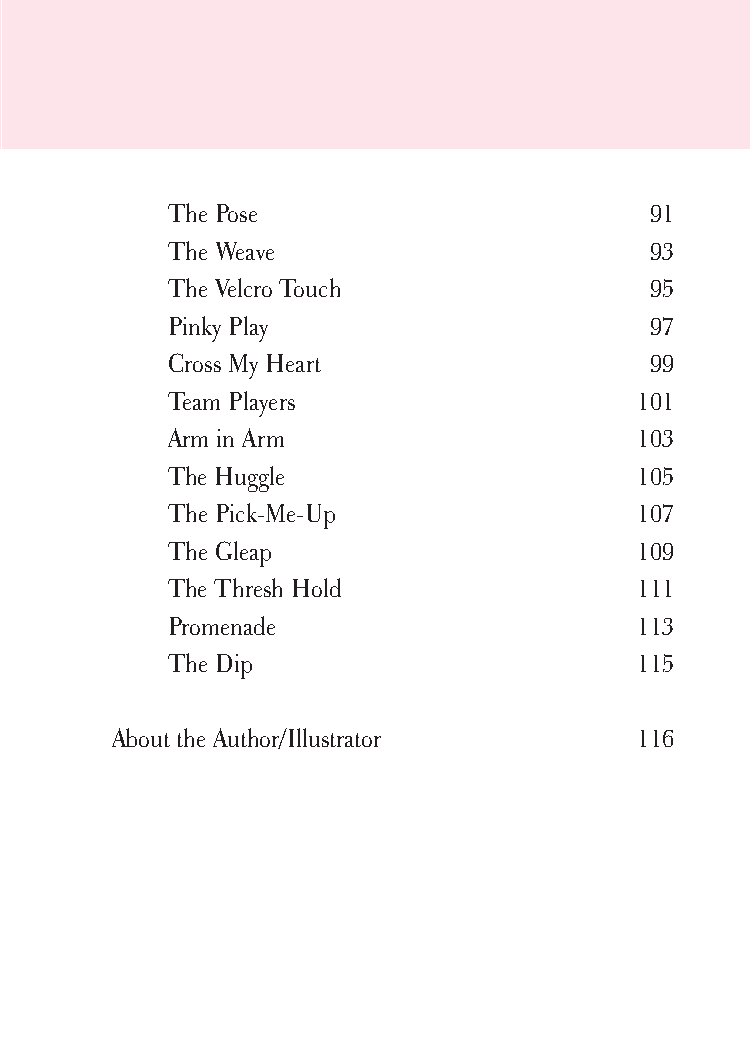
cudllesutra_internals1 7/16/07 2:50 PM Page xi
 The Pose                        91
 The Weave                       93
 The Velcro Touch                95
 Pinky Play                      97
 Cross My Heart                  99
 Team Players                   101
 Arm in Arm                     103
 The Huggle                     105
 The Pick-Me-Up                 107
 The Gleap                      109
 The Thresh Hold                111
 Promenade                      113
 The Dip                        115
 About the Author/Illustrator       116